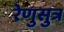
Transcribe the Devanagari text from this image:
रेणुसुत्र